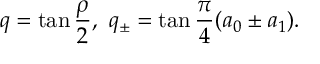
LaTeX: q = \tan \frac { \rho } { 2 } , \ q _ { \pm } = \tan \frac { \pi } { 4 } ( a _ { 0 } \pm a _ { 1 } ) .